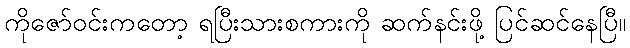
ကိုဇော်ဝင်းကတော့ ရပြီးသားစကားကို ဆက်နင်းဖို့ ပြင်ဆင်နေပြီ။